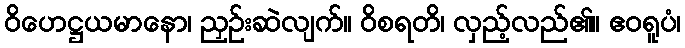
ဝိဟေဋ္ဌယမာနော၊ ညှဉ်းဆဲလျက်။ ဝိစရတိ၊ လှည့်လည်၏။ ဧဝရူပံ၊